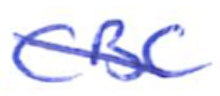
Text: CBC
Cross-out: mix
Writing tool: ballpoint